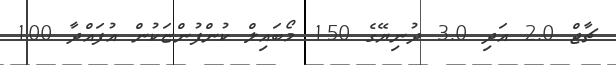
ޗާޖް 2.0 އަދި 3.0 ދުނިޔޭގެ 150 މޯބައިލް ކުންފުންޏަކުން އުފައްދާ 100